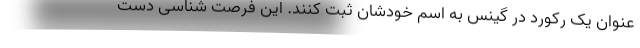
عنوان یک رکورد در گینس به اسم خودشان ثبت کنند. این فرصت شناسی دست